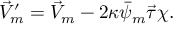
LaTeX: \vec { V } _ { m } ^ { \prime } = \vec { V } _ { m } - 2 \kappa \bar { \psi } _ { m } \vec { \tau } \chi .